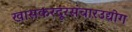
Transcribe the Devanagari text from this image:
खासकरदूरसंचारउद्योग